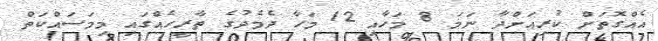
އެއްގޮތަށް ކުރިއަށްދާ ނަމަ 8 މަހާއި 12 މަހާ ދެމެދުގެ ތާރީހެއްގައި މިމަސައްކަތް